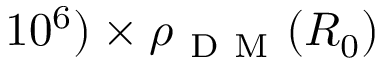
1 0 ^ { 6 } ) \times \rho _ { \mathrm { ~ D ~ M ~ } } ( R _ { 0 } )